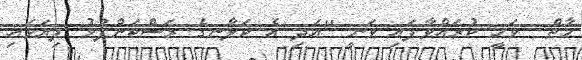
މާތް  ވަޙީ ކުރައްވާފައި ވަނީ ''އަދި އެ ކަލާނގެ ރަސްކަންފުޅު ފިޔަވައި